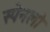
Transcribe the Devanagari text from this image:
स्पेनलो